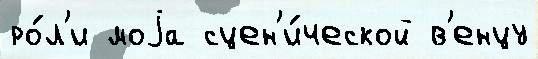
ро́л'и моjа сцен'и́ческой в'енцу